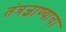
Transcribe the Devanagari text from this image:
तंत्रज्ञाण्याचा